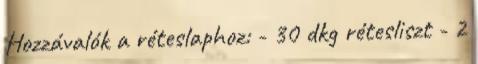
Hozzávalók a réteslaphoz: - 30 dkg rétesliszt - 2